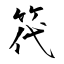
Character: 笩